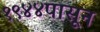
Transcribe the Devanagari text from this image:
१९४४पासून